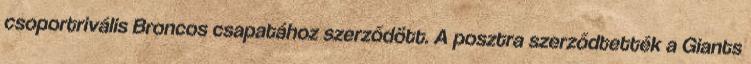
csoportrivális Broncos csapatához szerződött. A posztra szerződtették a Giants